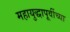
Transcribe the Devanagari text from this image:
महायुद्धापूर्वीच्या